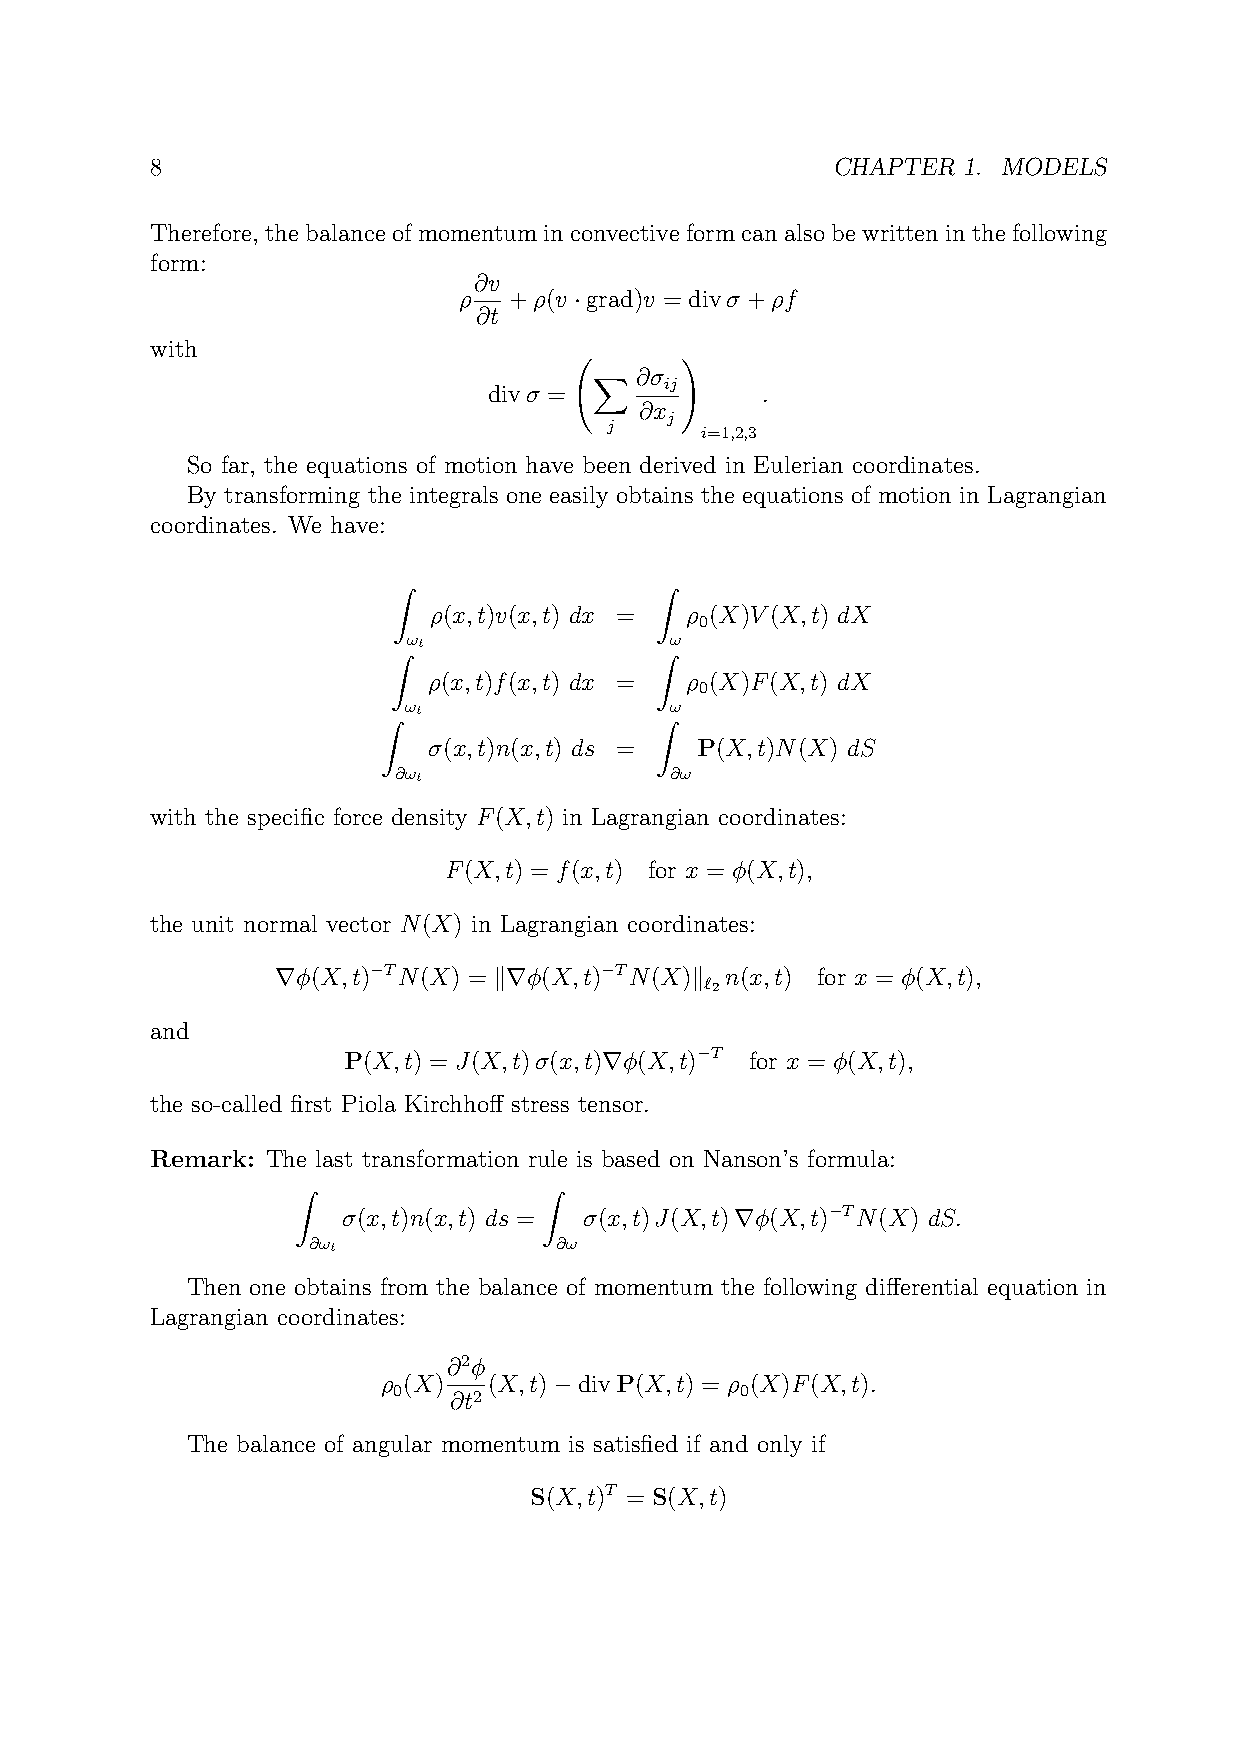
8                                            CHAPTER  1. MODELS
 Therefore, thebalanceofmomentuminconvectiveformcanalsobewritteninthefollowing
 form:
 ∂v
 ρ   +ρ(v ·grad)v = divσ +ρf
 ∂t
 with
 !
 X  ∂σ
 ij
 divσ =            .
 ∂x
 j
 j
 i=1,2,3
 So far, the equations of motion have been derived in Eulerian coordinates.
 By transforming the integrals one easily obtains the equations of motion in Lagrangian
 coordinates. We have:
 Z                Z
 ρ(x,t)v(x,t) dx = ρ (X)V(X,t) dX
 0
 ωt               ω
 Z                Z
 ρ(x,t)f(x,t) dx = ρ (X)F(X,t) dX
 0
 ωt               ω
 Z                 Z
 σ(x,t)n(x,t) ds = P(X,t)N(X) dS
 ∂ωt               ∂ω
 with the specific force density F(X,t) in Lagrangian coordinates:
 F(X,t) = f(x,t) for x = φ(X,t),
 the unit normal vector N(X) in Lagrangian coordinates:
 ∇φ(X,t)−TN(X) = k∇φ(X,t)−TN(X)k n(x,t) for x = φ(X,t),
 ‘2
 and
 P(X,t) = J(X,t)σ(x,t)∇φ(X,t)−T for x = φ(X,t),
 the so-called first Piola Kirchhoff stress tensor.
 Remark: The last transformation rule is based on Nanson’s formula:
 Z               Z
 σ(x,t)n(x,t) ds = σ(x,t)J(X,t)∇φ(X,t)−TN(X) dS.
 ∂ωt              ∂ω
 Then one obtains from the balance of momentum the following differential equation in
 Lagrangian coordinates:
 ∂2φ
 ρ (X)  (X,t)−divP(X,t) = ρ (X)F(X,t).
 0   ∂t2                0
 The balance of angular momentum is satisfied if and only if
 S(X,t)T = S(X,t)